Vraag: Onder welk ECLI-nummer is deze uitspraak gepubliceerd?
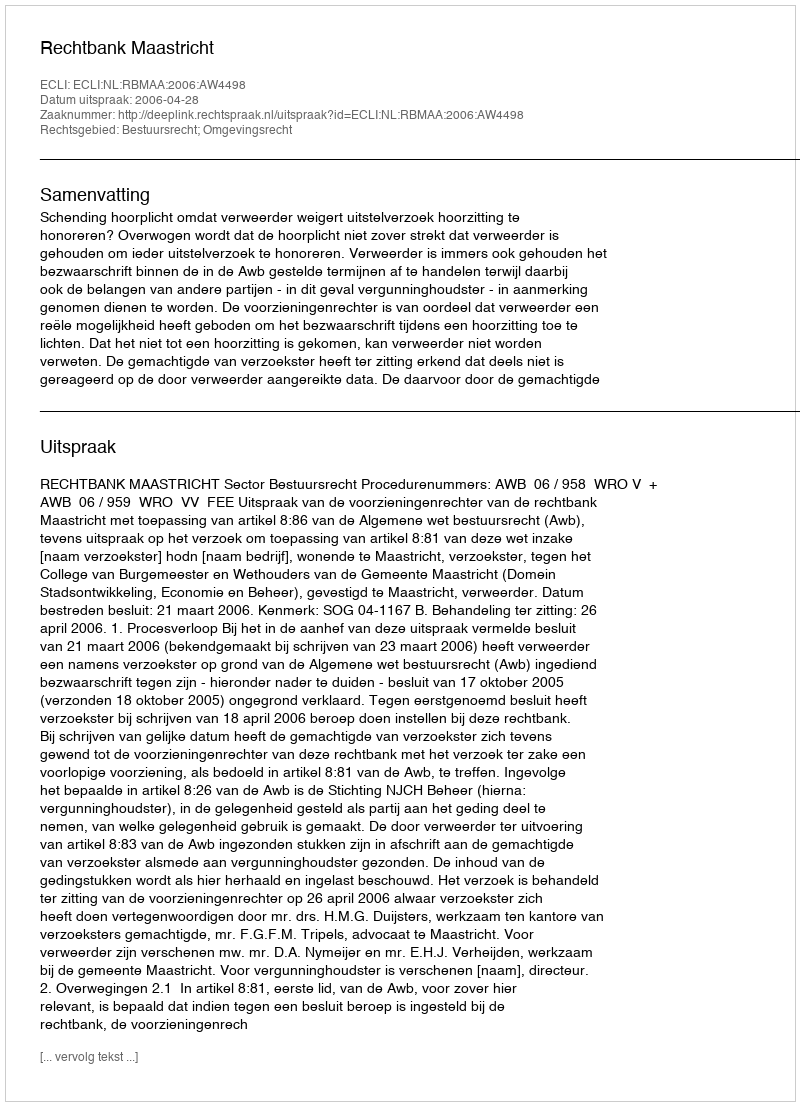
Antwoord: ECLI:NL:RBMAA:2006:AW4498